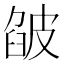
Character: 𤿷